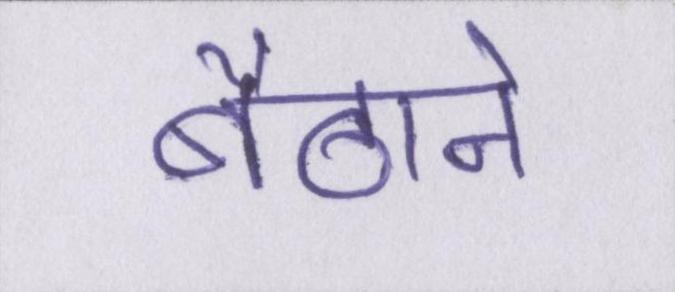
बैठाने